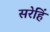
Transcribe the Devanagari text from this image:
सरेहिं